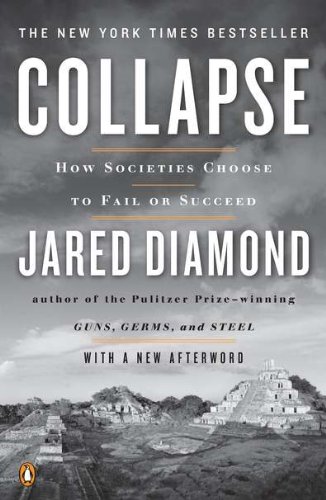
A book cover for Collapse: How Societies Choose to Fail or Succeed: Revised Edition; Jared Diamond; Science & Math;